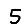
Digit: 5